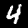
Digit: 4